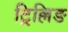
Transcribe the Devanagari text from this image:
ट्रिल्लिङ